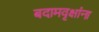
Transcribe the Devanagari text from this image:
बदामवृक्षांना